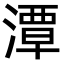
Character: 潭